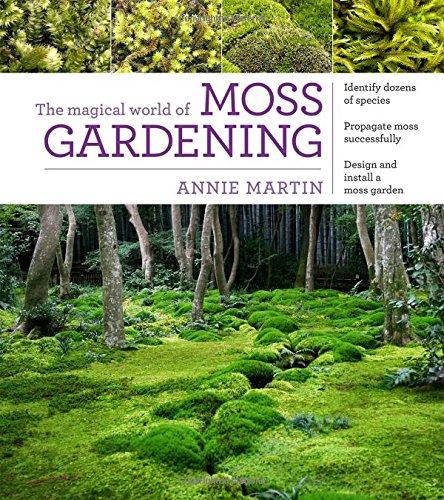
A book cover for The Magical World of Moss Gardening; Annie Martin; Crafts, Hobbies & Home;